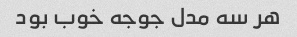
هر سه مدل جوجه خوب بود